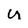
Character: u